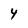
Character: 4